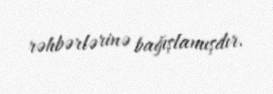
rəhbərlərinə bağışlamışdır.